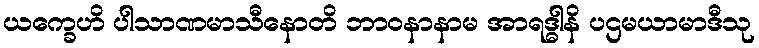
ယက္ခေဟိ ပါသာဏမာသီနောတိ ဘာဝနာနာမ အာရဒ္ဓါနိ ပဌမယာမာဒီသု